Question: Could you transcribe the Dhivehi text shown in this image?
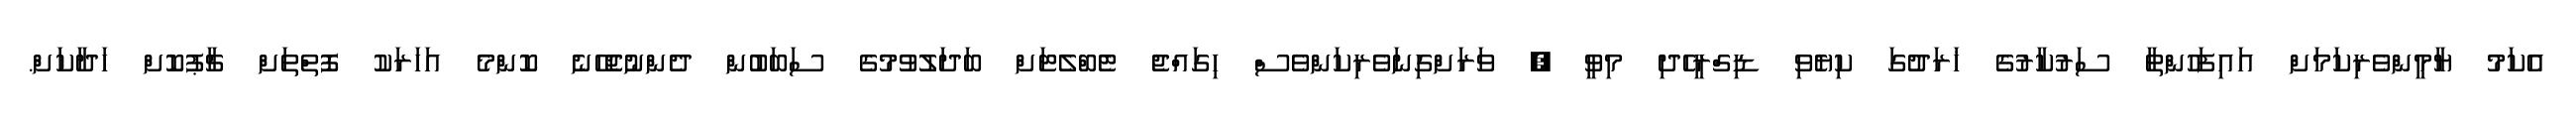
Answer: އެކަމު ޔާމީންވެރިކަމަށް އައިފަހުންތާ ސަރުކާރުގެ ޚަރަދުގަ ކިޔެވި ޑިގްރީހެދި މިވީ , ވަރަށްގިނަވެރިކަންވެސް ހިގައްޖެ ޓެބްލެޓަށް ބަދަލުވުމުގެ ސަބަބުން ދެންނުޖެހޭނެ ކޮންމެ އަހަރަކު ފޮތްތަށް ޗާޕުކޮށް ހަދާކަށް.